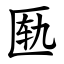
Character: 匦